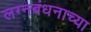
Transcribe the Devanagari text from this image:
लग्नबंधनाच्या